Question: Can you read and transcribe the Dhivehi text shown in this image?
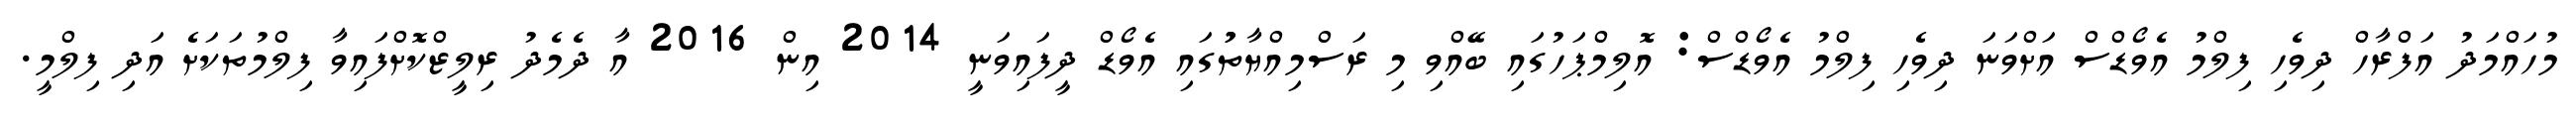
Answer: މުހައްމަދު އަފްރާހް ދިވެހި ފިލްމު އެވޯޑްސް އަށްވަނަ ދިވެހި ފިލްމު އެވޯޑްސް: އޮލިމްޕަހުގައި ބޭއްވި މި ރަސްމިއްޔާތުުގައި އެވޯޑް ދީފައިވަނީ 2014 އިން 2016 އާ ދެމެދު ރިލީޒްކޮށްފައިވާ ފިލްމުތަކަށެ އަދި ފިލްމީ.